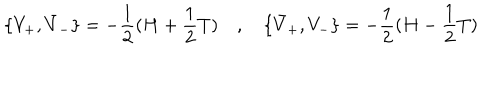
\lbrace V _ { + } , \bar { V } _ { - } \rbrace = - { \frac { 1 } { 2 } } ( H + { \frac { 1 } { 2 } } T ) \quad , \quad \lbrace \bar { V } _ { + } , V _ { - } \rbrace = - { \frac { 1 } { 2 } } ( H - { \frac { 1 } { 2 } } T )